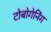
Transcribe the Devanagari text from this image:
टोबोगेनिंग